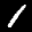
Digit: 1